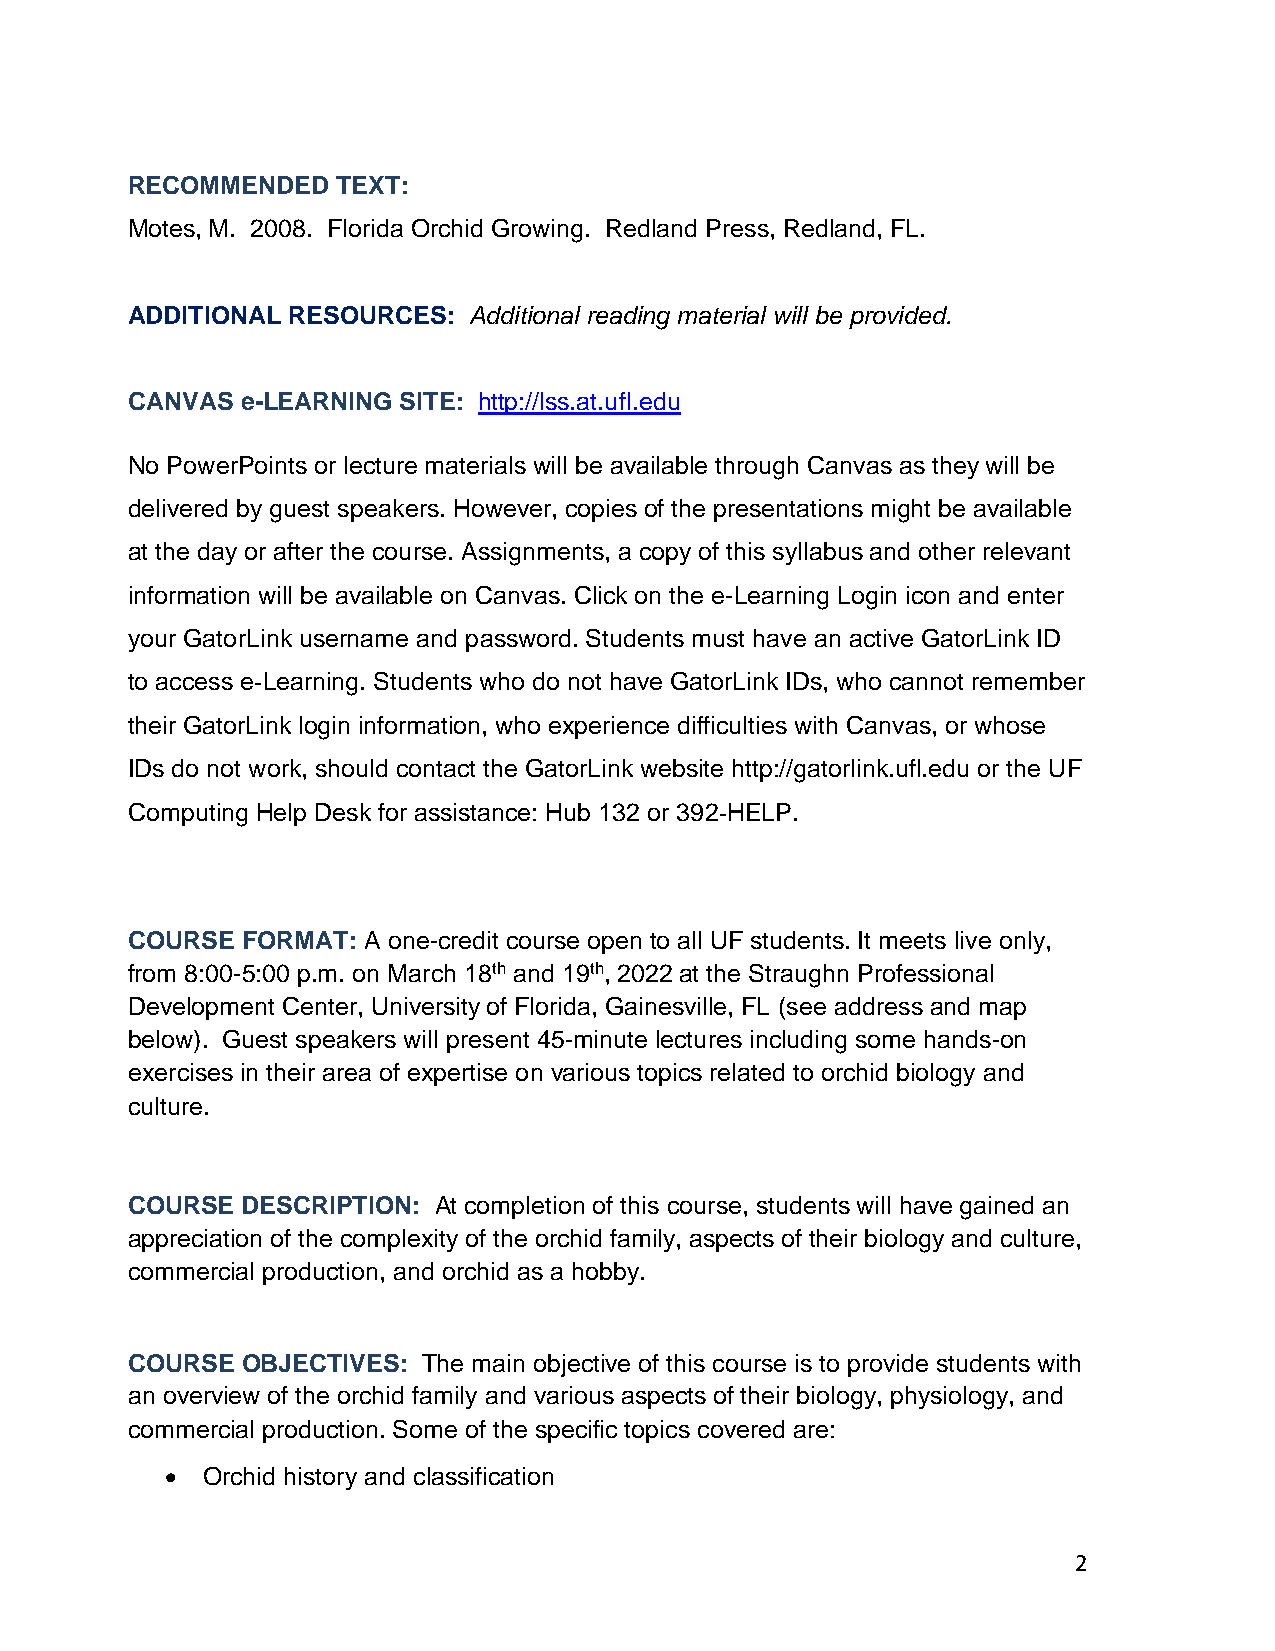
RECOMMENDED   TEXT:
 Motes, M. 2008. Florida Orchid Growing. Redland Press, Redland, FL.
 ADDITIONAL RESOURCES:  Additional reading material will be provided.
 CANVAS  e-LEARNING SITE: http://lss.at.ufl.edu
 No PowerPoints or lecture materials will be available through Canvas as they will be
 delivered by guest speakers. However, copies of the presentations might be available
 at the day or after the course. Assignments, a copy of this syllabus and other relevant
 information will be available on Canvas. Click on the e-Learning Login icon and enter
 your GatorLink username and password. Students must have an active GatorLink ID
 to access e‐Learning. Students who do not have GatorLink IDs, who cannot remember
 their GatorLink login information, who experience difficulties with Canvas, or whose
 IDs do not work, should contact the GatorLink website http://gatorlink.ufl.edu or the UF
 Computing Help Desk for assistance: Hub 132 or 392‐HELP.
 COURSE  FORMAT: A one-credit course open to all UF students. It meets live only,
 from 8:00-5:00 p.m. on March 18th and 19th, 2022 at the Straughn Professional
 Development Center, University of Florida, Gainesville, FL (see address and map
 below). Guest speakers will present 45-minute lectures including some hands-on
 exercises in their area of expertise on various topics related to orchid biology and
 culture.
 COURSE  DESCRIPTION: At completion of this course, students will have gained an
 appreciation of the complexity of the orchid family, aspects of their biology and culture,
 commercial production, and orchid as a hobby.
 COURSE  OBJECTIVES: The main objective of this course is to provide students with
 an overview of the orchid family and various aspects of their biology, physiology, and
 commercial production. Some of the specific topics covered are:
 • Orchid history and classification
 2